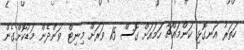
ހަތަރު އަނގޮޅި ކަންމައްޗާ ހަމައަށް ގޮސް 15 ވަރަށް މިނިޓް ވަންދެން މަޑުކޮށްގެން